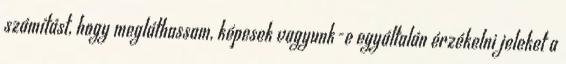
számítást, hogy megláthassam, képesek vagyunk-e egyáltalán érzékelni jeleket a